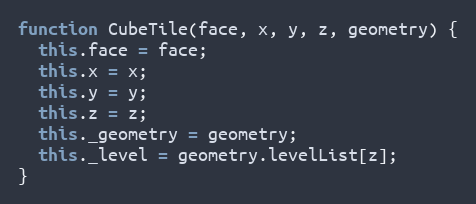
Language: JavaScript
function CubeTile(face, x, y, z, geometry) {
  this.face = face;
  this.x = x;
  this.y = y;
  this.z = z;
  this._geometry = geometry;
  this._level = geometry.levelList[z];
}